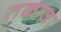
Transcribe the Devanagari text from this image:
तकाज़ा